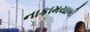
નાકામયાબી